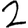
Digit: 2